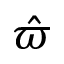
\hat { \varpi }